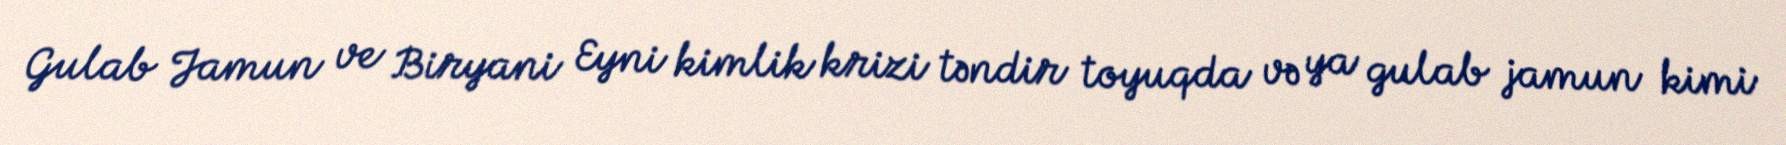
Gulab Jamun ve Biryani Eyni kimlik krizi təndir toyuqda və ya gulab jamun kimi